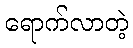
ရောက်လာတဲ့